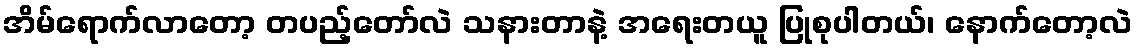
အိမ်ရောက်လာတော့ တပည့်တော်လဲ သနားတာနဲ့ အရေးတယူ ပြုစုပါတယ်၊ နောက်တော့လဲ